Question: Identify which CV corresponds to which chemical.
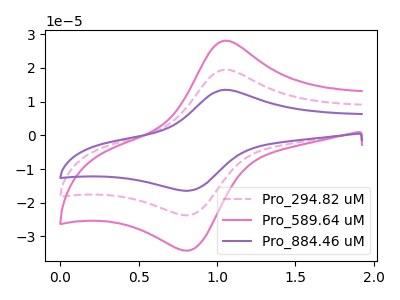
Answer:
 <answer>The pink dashed curve is labeled "Pro_294.82 uM". The pink curve is labeled "Pro_589.64 uM". The purple curve is labeled "Pro_884.46 uM".</answer>
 <eval></eval>